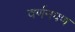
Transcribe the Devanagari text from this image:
वर्णनपण